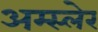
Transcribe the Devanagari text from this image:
अम्स्लेर